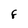
Character: F